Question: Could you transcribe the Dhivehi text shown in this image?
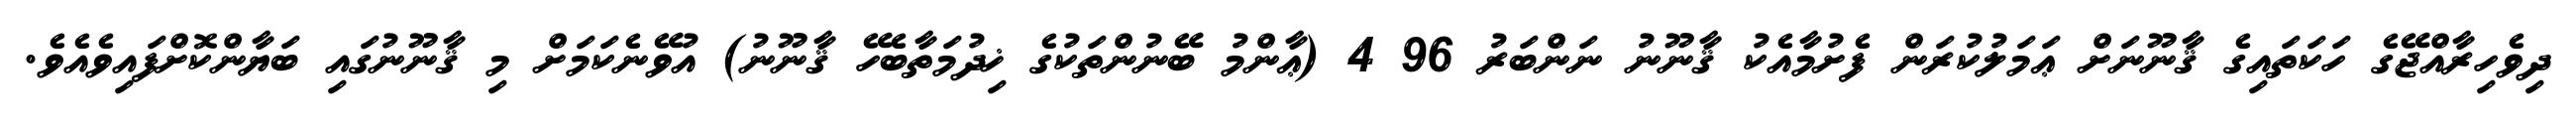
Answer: ދިވެހިރާއްޖޭގެ ހަކަތައިގެ ޤާނޫނަށް ޢަމަލުކުރަން ފެށުމާއެކު ޤާނޫނު ނަންބަރު 96 4 (ޢާންމު ބޭނުންތަކުގެ ޚިދުމަތާބެހޭ ޤާނޫނު) އުވޭނެކަމަށް މި ޤާނޫނުގައި ބަޔާންކޮށްފައިވެއެވެ.